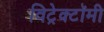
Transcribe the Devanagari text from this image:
विट्रेक्टॉमी